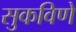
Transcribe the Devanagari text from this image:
सुकविणे